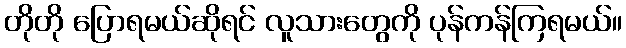
တိုတို ပြောရမယ်ဆိုရင် လူသားတွေကို ပုန်ကန်ကြရမယ်။